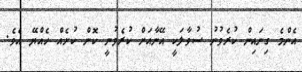
އެންމެ ގިނައިން ކުރެވުނު ސުވާލަކީ އޭނާއަށް ކުރެވުނީ ކޮން ކުށެއް ހެއްޔޭ އެވެ.